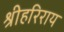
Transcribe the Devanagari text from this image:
श्रीहरिराय